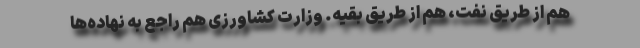
هم از طریق نفت، هم از طریق بقیه. وزارت کشاورزی هم راجع به نهاده‌ها